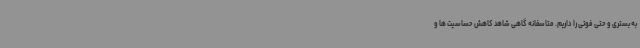
به بستری و حتی فوتی را داریم. متاسفانه گاهی شاهد کاهش حساسیت ها و